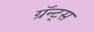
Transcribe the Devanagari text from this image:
ग्रॅन्ट्‍स